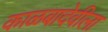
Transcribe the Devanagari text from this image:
काळबादेवीला